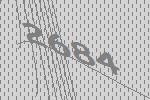
2684